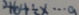
4 6 4 \div x \cdots a